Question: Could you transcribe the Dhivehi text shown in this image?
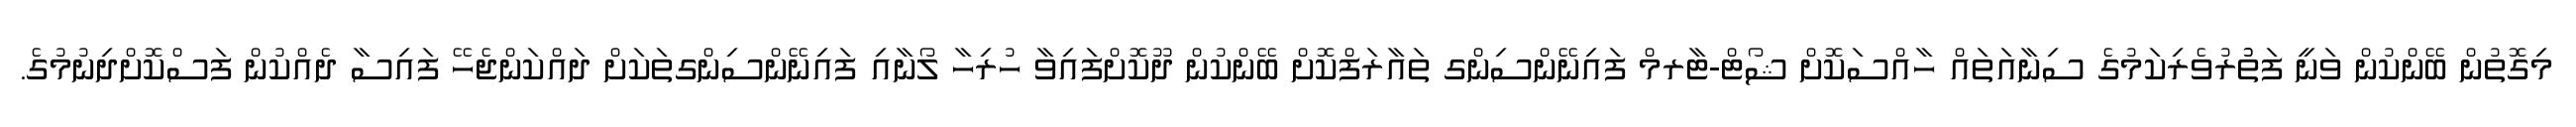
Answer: މިގޮތުން ބޭންކުން ވަނީ ފަތުުރުވެރިކަމުގެ ސިނާއަތައް ހާއްސަކޮށް ޝޯޓް-ޓާރމް ފައިނޭންސިންގ ތައާރަފްކޮށް ބޭންކުން ދޫކޮށްފައިވާ ހުރިހާ ލޯނާއި ފައިނޭންސިންގތަކަށް ދައްކަންޖެހޭ ފައިސާ ދެއްކުން ފަސްކޮށްދިނުމުގެ.